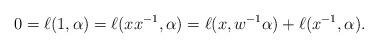
LaTeX: \begin{align*}0 = \ell(1,\alpha) = \ell(x x^{-1},\alpha)= \ell(x,w^{-1}\alpha) + \ell(x^{-1},\alpha).\end{align*}